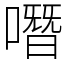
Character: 噆